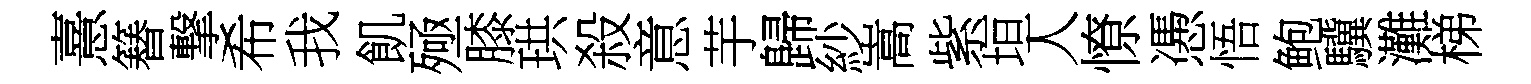
憙簮撃希我飢殛膝珙殺意芋歸紗嵩紫垣人憭慿悟鲍驥灘梯